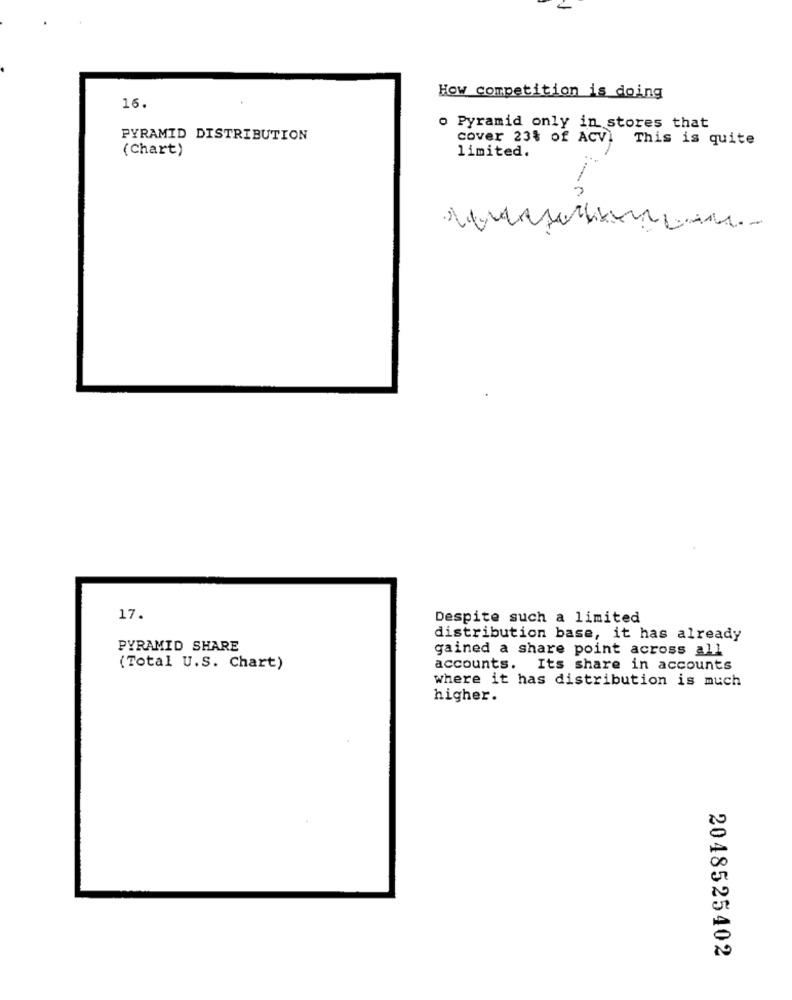
16.
How competition is doing
o Pyramid only in stores that
PYRAMID DISTRIBUTION
cover 23% of ACV!
This is quite
(Chart)
limited.
17.
Despite such a limited
distribution base, it has already
PYRAMID SHARE
gained a share point across all
(Total U.S. Chart)
accounts. Its share in accounts
where it has distribution is much
higher.
2048525402